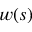
w ( s )